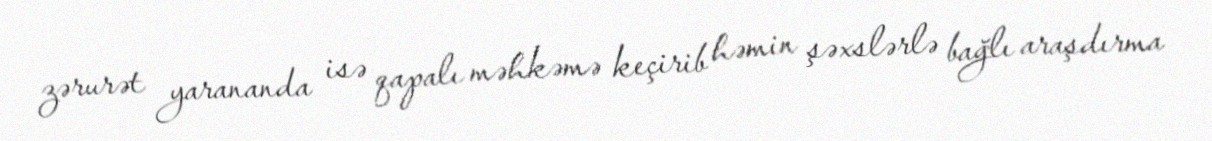
zərurət yarananda isə qapalı məhkəmə keçirib həmin şəxslərlə bağlı araşdırma